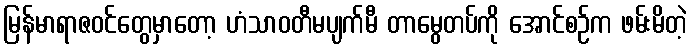
မြန်မာရာဇဝင်တွေမှာတော့ ဟံသာဝတီမပျက်မီ တာမွေတပ်ကို အောင်စဉ်က ဖမ်းမိတဲ့